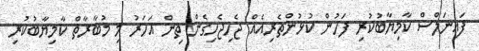
ފައިނަލްސް ކާމިޔާބުކުރި ފަހުން ކުޅުންތެރިއެއް ޖެހިޖެހިގެން ތިން އަހަރު މި މުބާރާތް ކާމިޔާބުކުރި